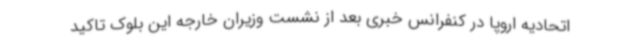
اتحادیه اروپا در کنفرانس خبری بعد از نشست وزیران خارجه این بلوک تاکید